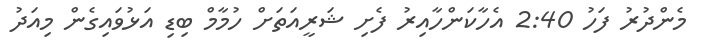
މެންދުރު ފަހު 2:40 އެހާކަންހާއިރު ފެށި ޝަރީއަތަށް ހުމާމް ބިޑި އަޅުވައިގެން މިއަދު